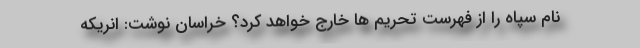
نام سپاه را از فهرست تحریم ها خارج خواهد کرد؟ خراسان نوشت: انریکه